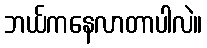
ဘယ်ကနေလာတာပါလဲ။